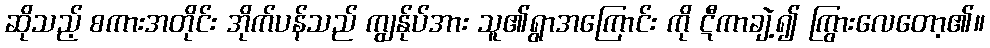
ဆိုသည့် စကားအတိုင်း အိုက်ပန်သည် ကျွန်ုပ်အား သူ၏ရွာအကြောင်း ကို ဋီကာချဲ့၍ ကြွားလေတော့၏။